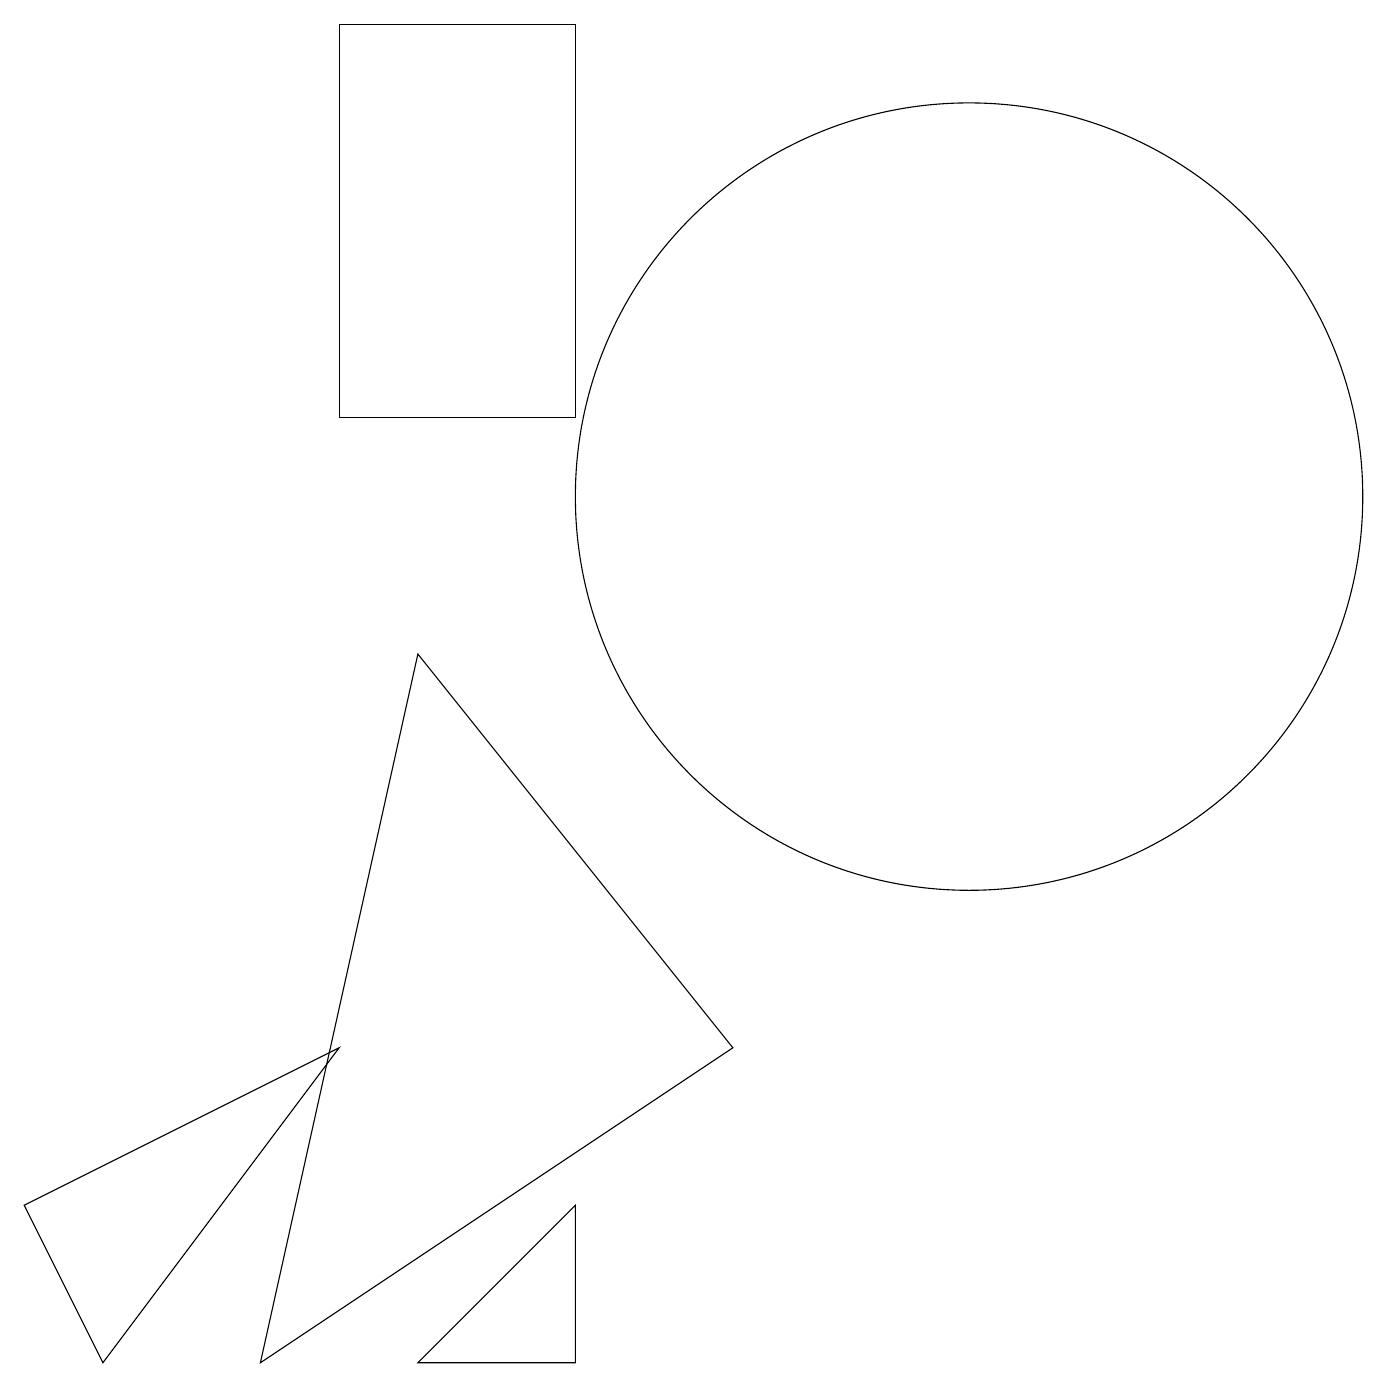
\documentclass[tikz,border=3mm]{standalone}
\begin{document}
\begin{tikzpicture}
\draw (5,9) -- (3,0) -- (9,4) -- cycle;
\draw (12,11) circle (5);
\draw (1,0) -- (4,4) -- (0,2) -- cycle;
\draw (4,12) rectangle (7,17);
\draw (7,15) rectangle (7,13);
\draw (7,2) -- (5,0) -- (7,0) -- cycle;
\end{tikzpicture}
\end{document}